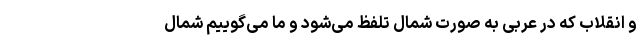
و انقلاب که در عربی به صورت شِمال تلفظ می‌شود و ما می‌گوییم شُمال